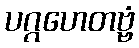
ပဂ္ဂဟေတဗ္ဗံ